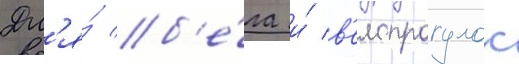
Дл'я́ б'е́га и́ в'елопрогулок